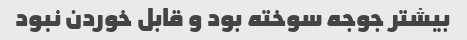
بیشتر جوجه سوخته بود و قابل خوردن نبود